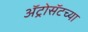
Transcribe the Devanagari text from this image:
ॲट्रोसॅटच्या